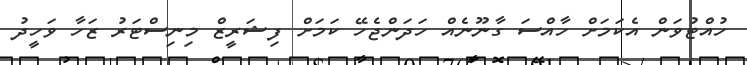
ހުއްޓުވަން އެކަމަށް ހާއްސަ ގާނޫނެއް ހަދަންޖެހޭ ކަމަށް ފިޝަރީޒް މިނިސްޓަރު ޒަހާ ވަހީދު